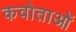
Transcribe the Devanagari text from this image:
कवोताओं